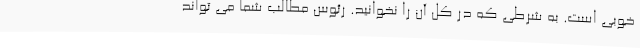
خوبی است. به شرطی که در کل آن را نخوانید. رئوس مطالب شما می تواند